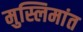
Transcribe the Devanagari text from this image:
मुस्लिमांत